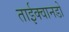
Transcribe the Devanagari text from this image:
ताईक्वानडो